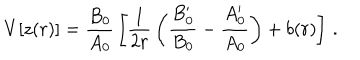
LaTeX: V [ z ( r ) ] = { \frac { B _ { 0 } } { A _ { 0 } } } \left[ { \frac { 1 } { 2 r } } \left( { \frac { B _ { 0 } ^ { \prime } } { B _ { 0 } } } - { \frac { A _ { 0 } ^ { \prime } } { A _ { 0 } } } \right) + b ( r ) \right] \, .